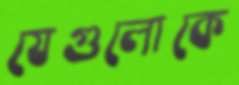
যেগুলোকে